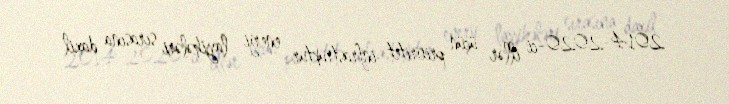
2014-2020-ci illər üçün prioritet infrastruktur enerji layihələri sırasına daxil